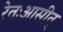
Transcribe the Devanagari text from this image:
रेतःआसीत्